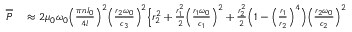
\begin{array} { r l } { \overline { { P } } } & { { } \approx 2 \mu _ { 0 } \omega _ { 0 } \Big ( \frac { \pi n I _ { 0 } } { 4 l } \Big ) ^ { 2 } \Big ( \frac { r _ { 2 } \omega _ { 0 } } { c _ { 3 } } \Big ) ^ { 2 } \Big \{ r _ { 2 } ^ { 2 } + \frac { r _ { 1 } ^ { 2 } } { 2 } \Big ( \frac { r _ { 1 } \omega _ { 0 } } { c _ { 1 } } \Big ) ^ { 2 } + \frac { r _ { 2 } ^ { 2 } } { 2 } \Big ( 1 - \Big ( \frac { r _ { 1 } } { r _ { 2 } } \Big ) ^ { 4 } \Big ) \Big ( \frac { r _ { 2 } \omega _ { 0 } } { c _ { 2 } } \Big ) ^ { 2 } } \end{array}